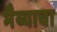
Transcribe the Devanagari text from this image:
भैय्याचा